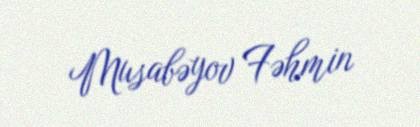
Musabəyov Fəhmin